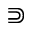
\Supset